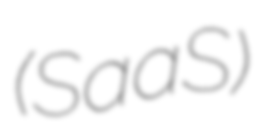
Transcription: (SaaS)